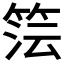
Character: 𮅔